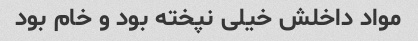
مواد داخلش خیلی نپخته بود و خام بود